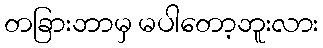
တခြားဘာမှ မပါတော့ဘူးလား